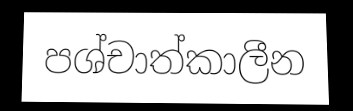
පශ්චාත්කාලීන